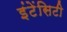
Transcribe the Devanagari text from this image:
इंटेंसिटी